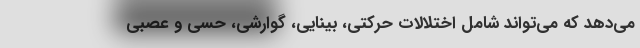
می‌دهد که می‌تواند شامل اختلالات حرکتی، بینایی، گوارشی، حسی و عصبی